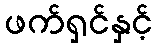
ဖက်ရှင်နှင့်